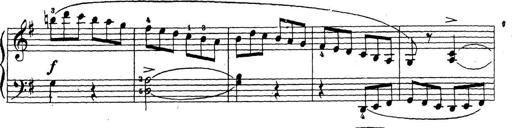
Title: 10 Sonatinas
Composer: Fritz Spindler